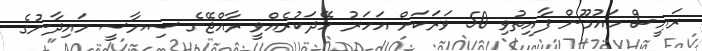
ރައީސް މައުމޫން ފާއިތުވި 50 ވަރަކަށް އަހަރު ހޭދަކުރެއްވީ ރާއްޖޭގެ ސިޔާސީ މައިދާނުގެ